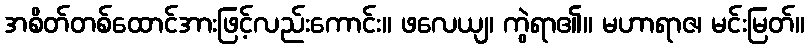
အစိတ်တစ်ထောင်အားဖြင့်လည်းကောင်း။ ဖလေယျ၊ ကွဲရာ၏။ မဟာရာဇ၊ မင်းမြတ်။